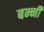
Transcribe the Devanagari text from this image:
बन्‍नी